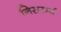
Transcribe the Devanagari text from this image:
निसरर्म्य